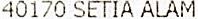
40170 SETIA ALAM